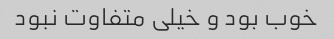
خوب بود و خیلی متفاوت نبود